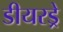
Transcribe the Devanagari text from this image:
डीयरड्रे